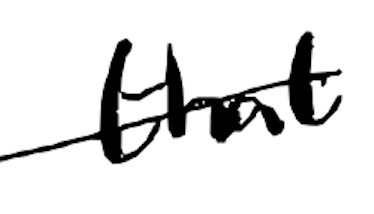
Text: that
Cross-out: single-line
Writing tool: digital_black